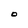
Character: O